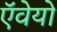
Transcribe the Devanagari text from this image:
ऍवेयो